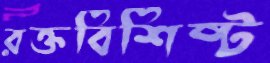
রক্তবিশিষ্ট